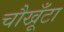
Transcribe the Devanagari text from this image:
चौखूँटा